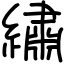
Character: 繡